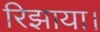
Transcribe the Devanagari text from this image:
रिझाया।